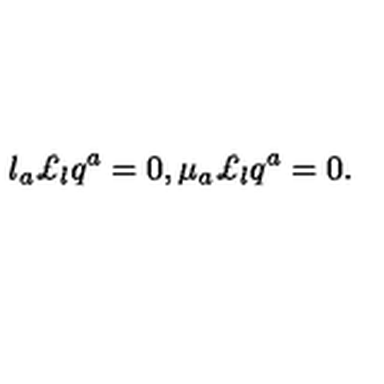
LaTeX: l _ { a } \pounds _ { l } q ^ { a } = 0 , \mu _ { a } \pounds _ { l } q ^ { a } = 0 .